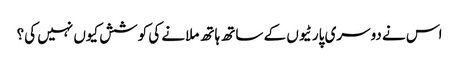
اس نے دوسری پارٹیوں کے ساتھ ہاتھ ملانے کی کوشش کیوں نہیں کی؟